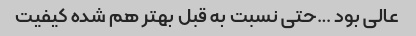
عالی بود …حتی نسبت به قبل بهتر هم شده کیفیت